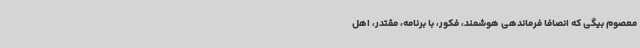
معصوم بیگی که انصافاً فرماندهی هوشمند، فکور، با برنامه، مقتدر، اهل